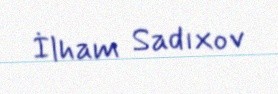
İlham Sadıxov